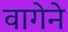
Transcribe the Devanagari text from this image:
वागेने